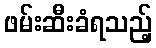
ဖမ်းဆီးခံရသည့်